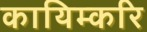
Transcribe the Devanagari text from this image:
कायिम्करि